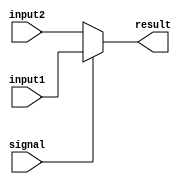
`timescale 1ns / 1ps
//////////////////////////////////////////////////////////////////////////////////
// Company: 
// Engineer: 
// 
// Design Name: 
// Module Name: Mux
// Project Name: 
// Target Devices: 
// Tool Versions: 
// Description: 
// 
// Dependencies: 
// 
// Revision:
// Revision 0.01 - File Created
// Additional Comments:
// 
//////////////////////////////////////////////////////////////////////////////////


module Mux(
    input [31:0] input1,
    input [31:0] input2,
    input signal,
    output [31:0] result
    );
    assign result=signal ? input1: input2;
endmodule